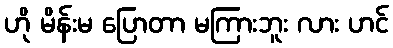
ဟို မိန်းမ ပြောတာ မကြားဘူး လား ဟင်